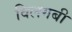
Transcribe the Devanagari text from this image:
विलगबी